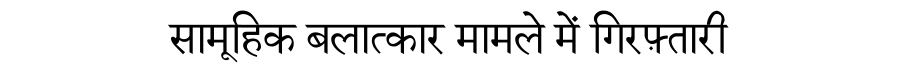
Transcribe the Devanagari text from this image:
सामूहिक बलात्कार मामले में गिरफ़्तारी